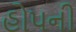
હોપની